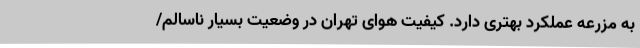
به مزرعه عملکرد بهتری دارد. کیفیت هوای تهران در وضعیت بسیار ناسالم/